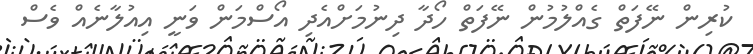
ކުރިން ނޭފަތް ގެއްލުމުން ނޭފަތް ހޯދާ ދިނުމަށްއެދި އޯސްމަން ވަނީ އިއުލާނެއް ވެސް